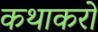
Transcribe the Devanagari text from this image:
कथाकरों